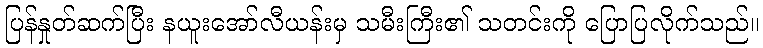
ပြန်နှုတ်ဆက်ပြီး နယူးအော်လီယန်းမှ သမီးကြီး၏ သတင်းကို ပြောပြလိုက်သည်။